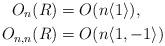
LaTeX: \begin{align*} O_n(R) &= O(n\langle 1\rangle ),\\ O_{n,n}(R) &= O(n\langle 1,-1\rangle ) \end{align*}